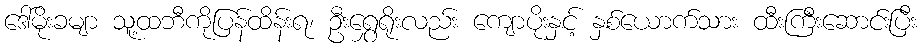
ဒေါ်မိုးခမျာ သူ့ထဘီကိုပြန်ထိန်းရ၊ ဦးရွှေရိုးလည်း ကျောပိုးနှင့် နှစ်ယောက်သား ထီးကြီးဆောင်းပြီး